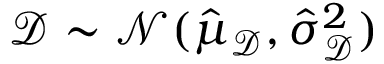
\mathscr D \sim \mathcal N ( \hat { \mu } _ { \mathscr D } , \hat { \sigma } _ { \mathscr D } ^ { 2 } )